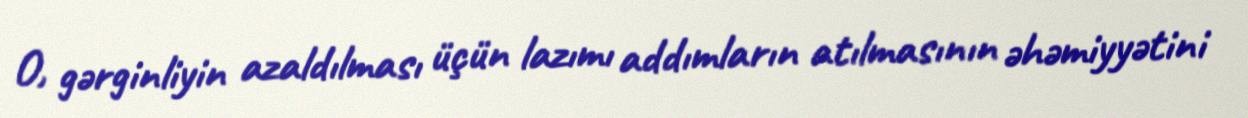
O, gərginliyin azaldılması üçün lazımı addımların atılmasının əhəmiyyətini